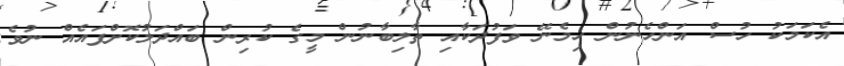
އެކަމަކު ހުސް އަންހެނުން ހިމެނޭ ވަފުދަކާއި ތާލިބާނުން މީގެ ކުރިން ބައްދަލުކޮށްފައެއް ނުވެ